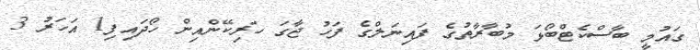
ގައުމީ ބާސްކެޓްބޯޅަ މުބާރާތުގެ ފައިނަލްގެ ފަހު ޖާގަ ހަރިކޭންއިން ހޯދައިފި1 އަހަރު 3